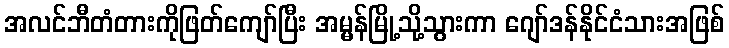
အလင်ဘီတံတားကိုဖြတ်ကျော်ပြီး အမ္မန်မြို့သို့သွားကာ ဂျော်ဒန်နိုင်ငံသားအဖြစ်